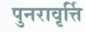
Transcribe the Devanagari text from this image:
पुनरावृर्त्ति